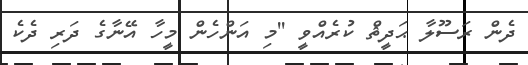
ދެން ރަސޫލާ ޙަދީޘް ކުރެއްވީ ''މި އަންހެން މީހާ އޭނާގެ ދަރި ދެކެ